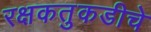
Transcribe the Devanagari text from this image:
रक्षकतुकडीचे